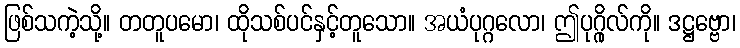
ဖြစ်သကဲ့သို့။ တတူပမော၊ ထိုသစ်ပင်နှင့်တူသော။ အယံပုဂ္ဂလော၊ ဤပုဂ္ဂိုလ်ကို။ ဒဋ္ဌဗ္ဗော၊